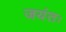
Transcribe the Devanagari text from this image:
जयंतः